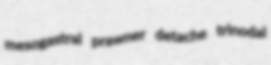
mesogastral prawner detache trinodal